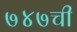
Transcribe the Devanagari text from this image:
७४७ची